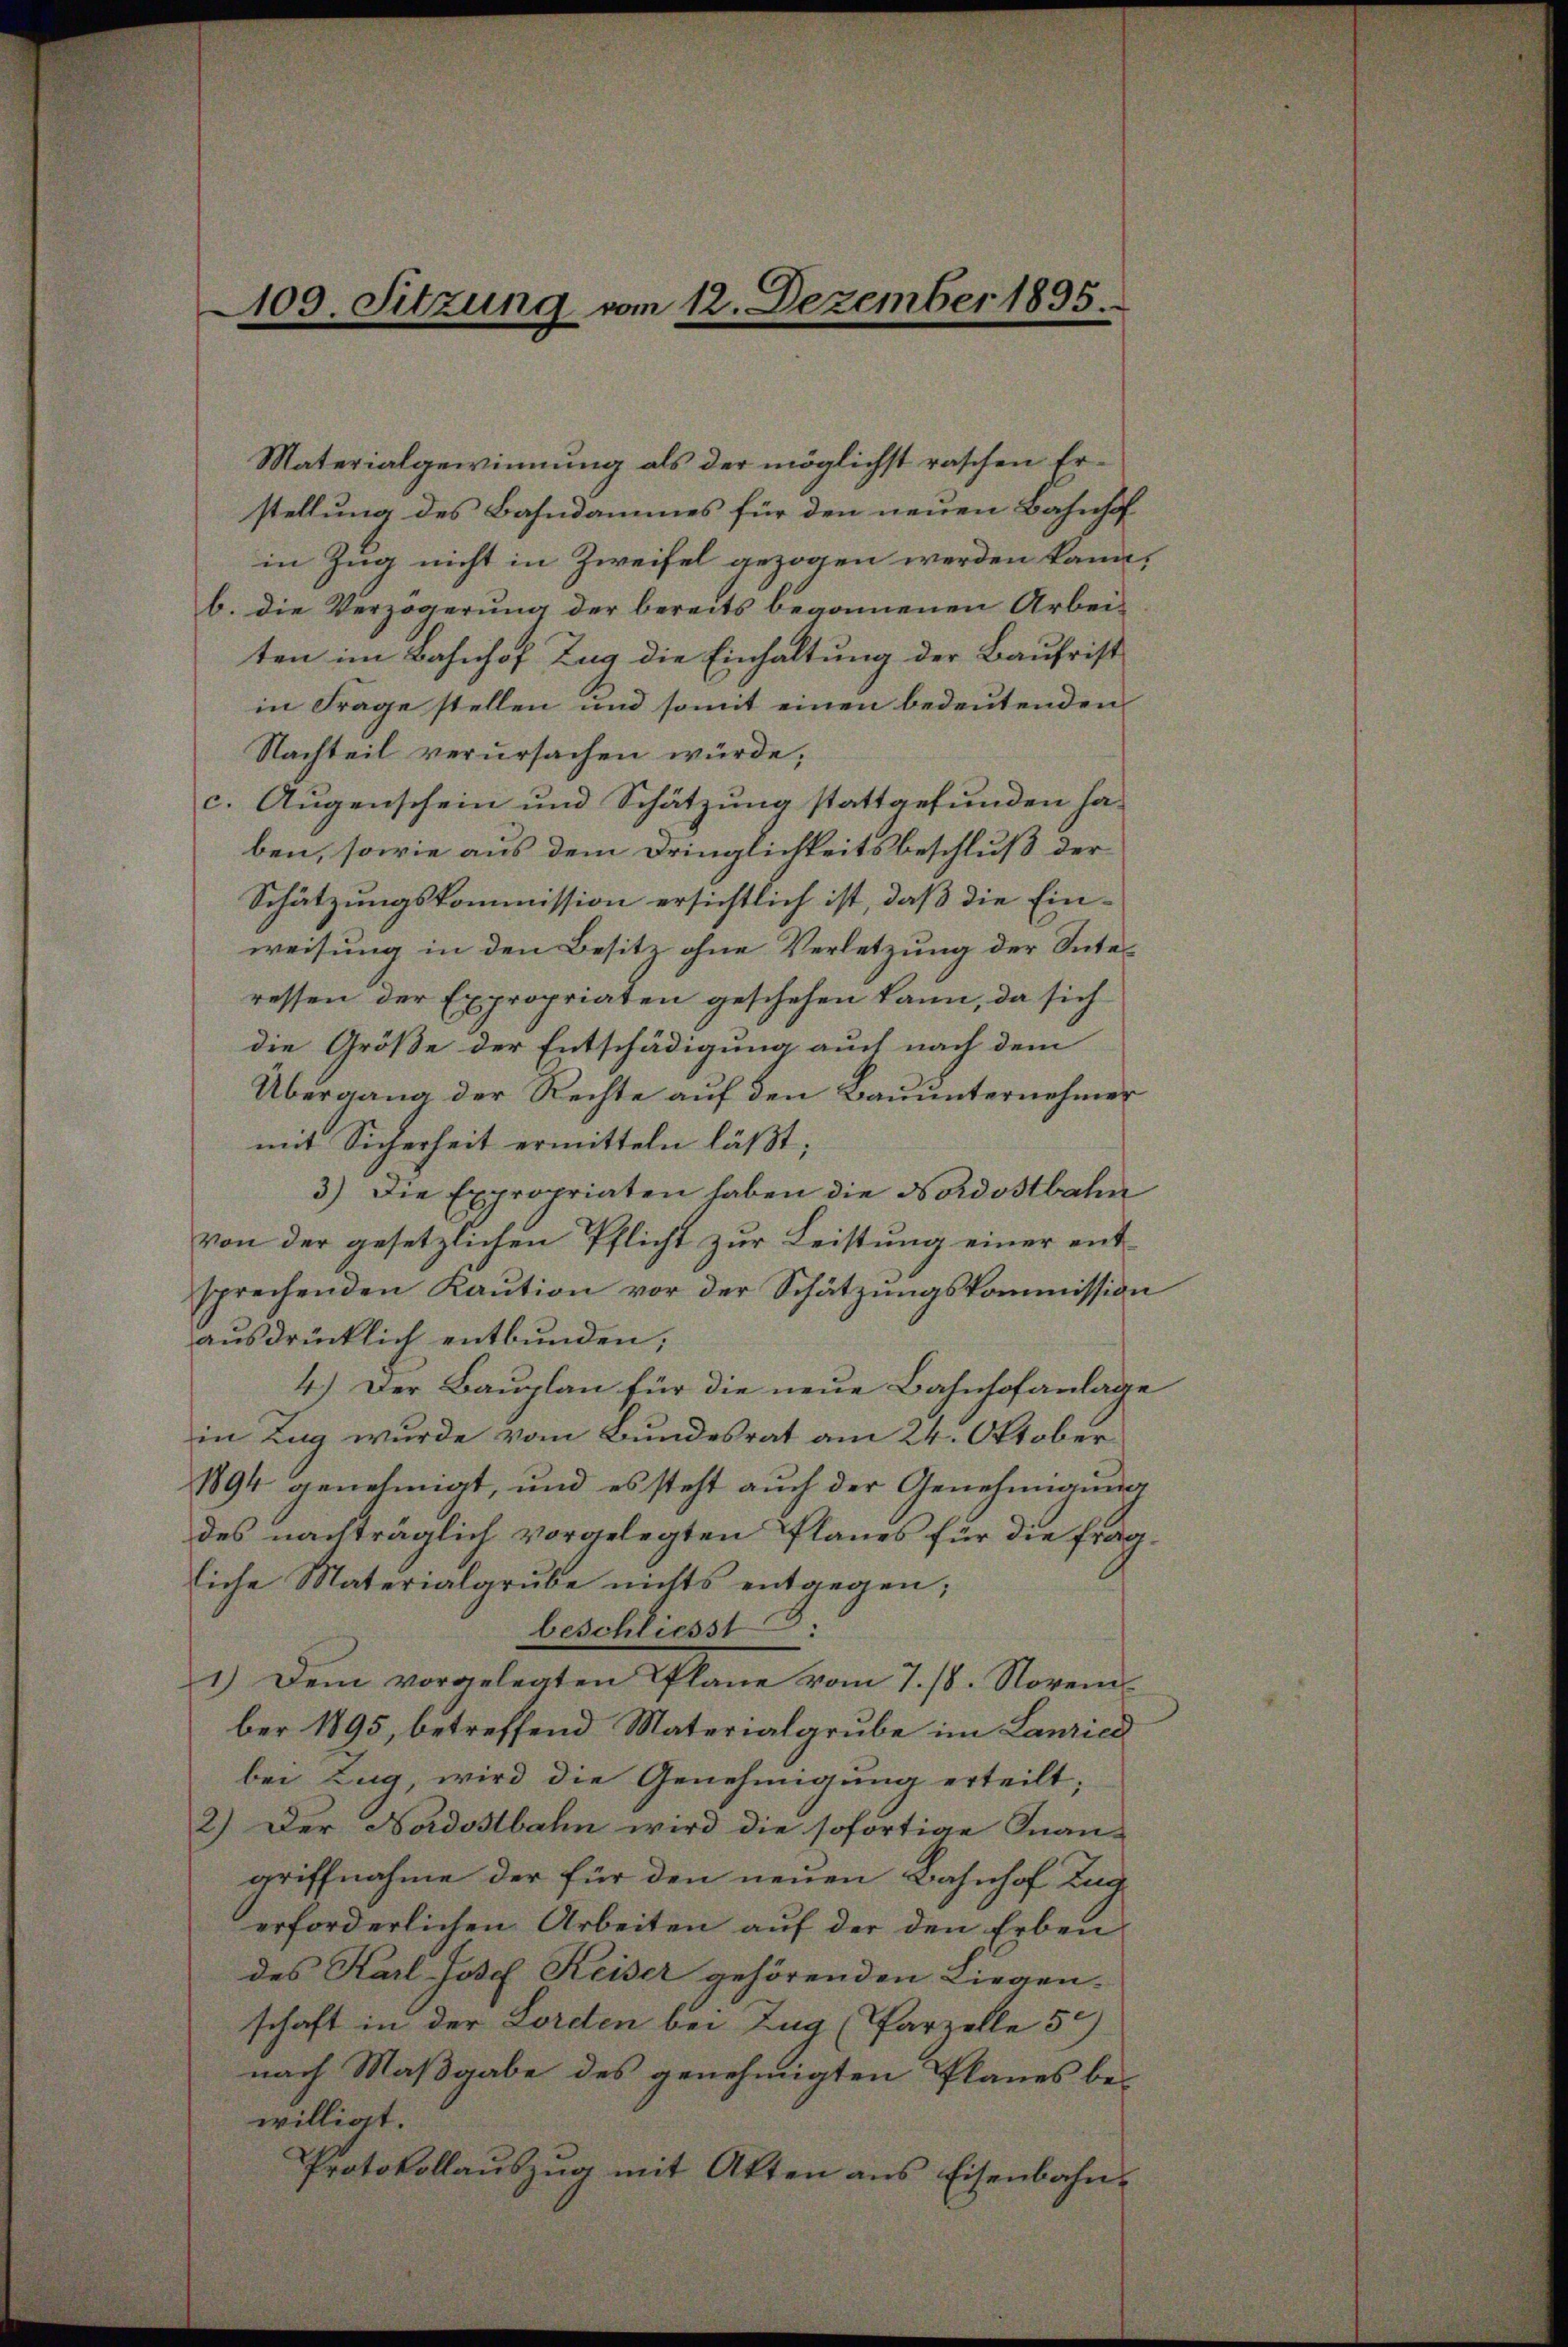
109. Sitzung vom 12. Dezember 1895.

stellung des Bahndammes für den neuen Bahnhof
in Zug nicht in Zweifel gezogen werden kann,
b. die Verzögerung der bereits begonnenen Arbeiten im Bahnhof Zug die Einhaltung der Baufrist
in Frage stellen und somit einen bedeutenden
Nachteil verursachen würde,
c. Augenschein und Schätzung stattgefunden haben, sowie aus dem Dringlichkeitsbeschluß der
Schätzungskommission ersichtlich ist, daß die Einweisung in den Besitz ohne Verletzung der Interessen der Expropriaten geschehen kann, da sich
die Größe der Entschädigung auch nach dem
Übergang der Rechte auf den Bauunternehmer
mit Sicherheit ermitteln läßt;
3) Die Expropriaten haben die Nordostbahn
von der gesetzlichen Pflicht zur Leistung einer entsprechenden Kaution vor der Schätzungskommission
ausdrücklich entbunden,
4.) Der Bauplan für die neue Bahnhofanlage
in Tag wurde vom Bundesrat am 24. Oktober
1894 genehmigt, und es steht auch der Genehmigung
des nachträglich vorgelegten Planes für die fragliche Materialgrube nichts entgegen;
beschliesst
2.) Dem vorgelegten Plane vom 7./8. Novem
ber 1895, betreffend Materialgrube im Lanziel
bei Zug, wird die Genehmigung erteilt;
2.) Der Nordostbahn wird die sofortige Inan-
griffnahme der für den neuen Bahnhof Lag
erforderlichen Arbeiten auf der den Erben
des Karl-Josef Keiser gehörenden Liegen-
schaft in der Loreten bei Zug (Parzelle 5
nach Maßgabe des genehmigten Planes bewilligt.
Protokollaŭszŭg mit Akten ans Eisenbahn-

Materialgewinnung als der möglichst raschen Er¬